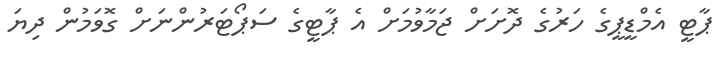
ޕާޓީ އެމްޑީޕީގެ ހަރުގެ ދޮށަށް ޖަމާވުމަށް އެ ޕާޓީގެ ސަޕޯޓަރުންނަށް ގޮވަމުން ދިޔަ